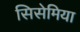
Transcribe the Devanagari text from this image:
सिसेमिया